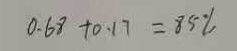
0 . 6 8 + 0 . 1 7 = 8 5 \%